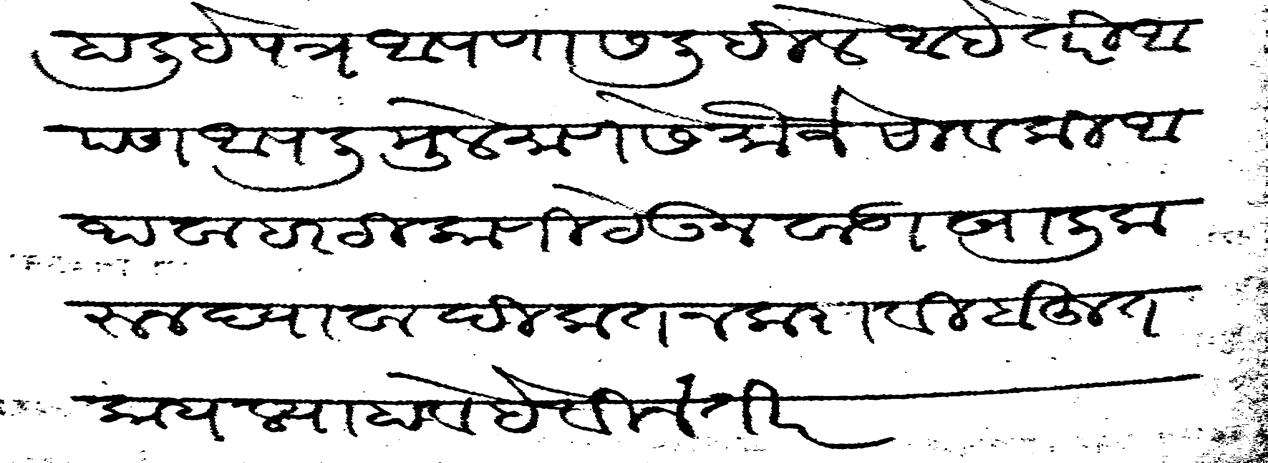
Transliteration (Devanagari): हाली हे पत्र आपणास लिहिले आहे तरी आपण आपली मुले माणसे मौजे सावकी आथवा हर टिकाणी टेऊन वाडा खाली करून द्यावा दीकत न करावी बहुत काय ल्याहावे हे विनंती